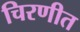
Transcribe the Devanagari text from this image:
चिरणीत